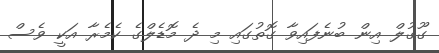
ގޫގުލް އިން ބުނެފައިވާ ގޮތުގައި މި ދެ މޮޑެލްގެ ކެމެރާ އަކީ ވެސް